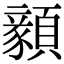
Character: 顡